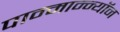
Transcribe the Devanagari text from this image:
पान्मान्न्यॉन